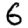
Digit: 6